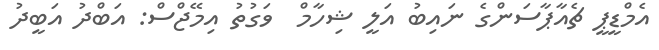
އެމްޑީޕީ ޗެއާޕާސަންގެ ނައިބު އަލީ ޝިހާމް  ވަގުތު އިމޭޖްސް: އަބްދު އަބީދު